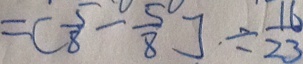
= [ \frac { 5 } { 8 } - \frac { 5 } { 8 } ] \div \frac { 1 6 } { 2 3 }